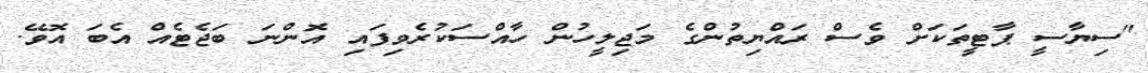
"ސިޔާސީ ޕާޓީތަކަށް ވެސް ރައްޔިތުންގެ މަޖިލީހުން ހާއްސަކުރެވިފައި އޮންނަ ބަޖެޓެއް އެބަ އޮވޭ.